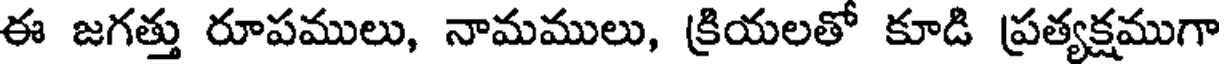
ఈ జగత్తు రూపములు, నామములు, క్రియలతో కూడి ప్రత్యక్షముగా